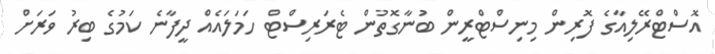
އޮސްޓްރޭލިއާގެ ފޮރިން މިނިސްޓްރީން ބުނާގޮތުން ޓެރަރިސްޓް ހަމަލައެއް ދީފާނެ ކަމުގެ ބިރު ވަރަށް